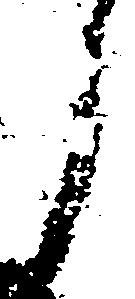
了